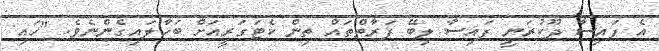
އެ ފައިސާ ދޫކުރަނީ ފައިސާ ލިބޭ ފަރާތްތައް ތިން ކެޓަގަރީއަށް ބަހާލައިގެންނެވެ. "ހައި